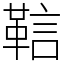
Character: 䩧